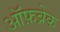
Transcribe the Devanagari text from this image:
ऑफ़ब्रेक